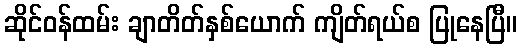
ဆိုင်ဝန်ထမ်း ချာတိတ်နှစ်ယောက် ကျိတ်ရယ်စ ပြုနေပြီ။